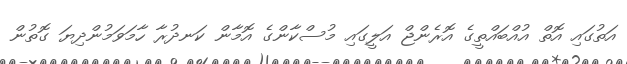
އަތުގައި އޮތް އުއްބައްތީގެ އޮރެންޖް އަލީގައި މުސްކާންގެ އޮމާން ކަނދުރާ ހާމަވަމުންދިޔަ ގޮތުން